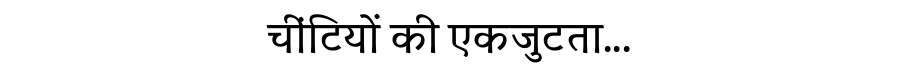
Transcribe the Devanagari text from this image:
चींटियों की एकजुटता...